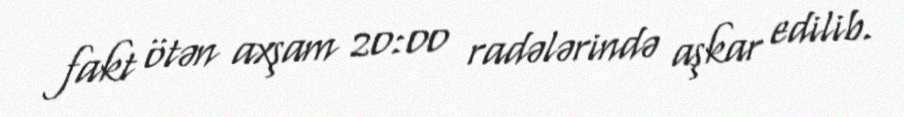
fakt ötən axşam 20:00 radələrində aşkar edilib.